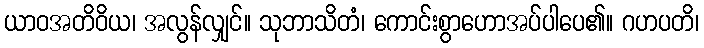
ယာဝအတိဝိယ၊ အလွန်လျှင်။ သုဘာသိတံ၊ ကောင်းစွာဟောအပ်ပါပေ၏။ ဂဟပတိ၊